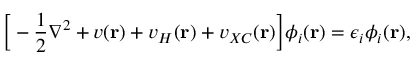
\bigg [ - \frac { 1 } { 2 } \nabla ^ { 2 } + v ( \mathbf { r } ) + v _ { H } ( \mathbf { r } ) + v _ { X C } ( \mathbf { r } ) \bigg ] \phi _ { i } ( \mathbf { r } ) = \epsilon _ { i } \phi _ { i } ( \mathbf { r } ) ,